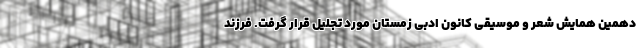
دهمین همایش شعر و موسیقی کانون ادبی زمستان مورد تجلیل قرار گرفت. فرزند